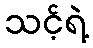
သင့်ရဲ့